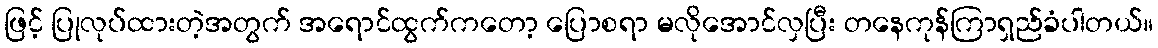
ဖြင့် ပြုလုပ်ထားတဲ့အတွက် အရောင်ထွက်ကတော့ ပြောစရာ မလိုအောင်လှပြီး တနေကုန်ကြာရှည်ခံပါတယ်။